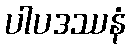
ပါပဒဿနံ